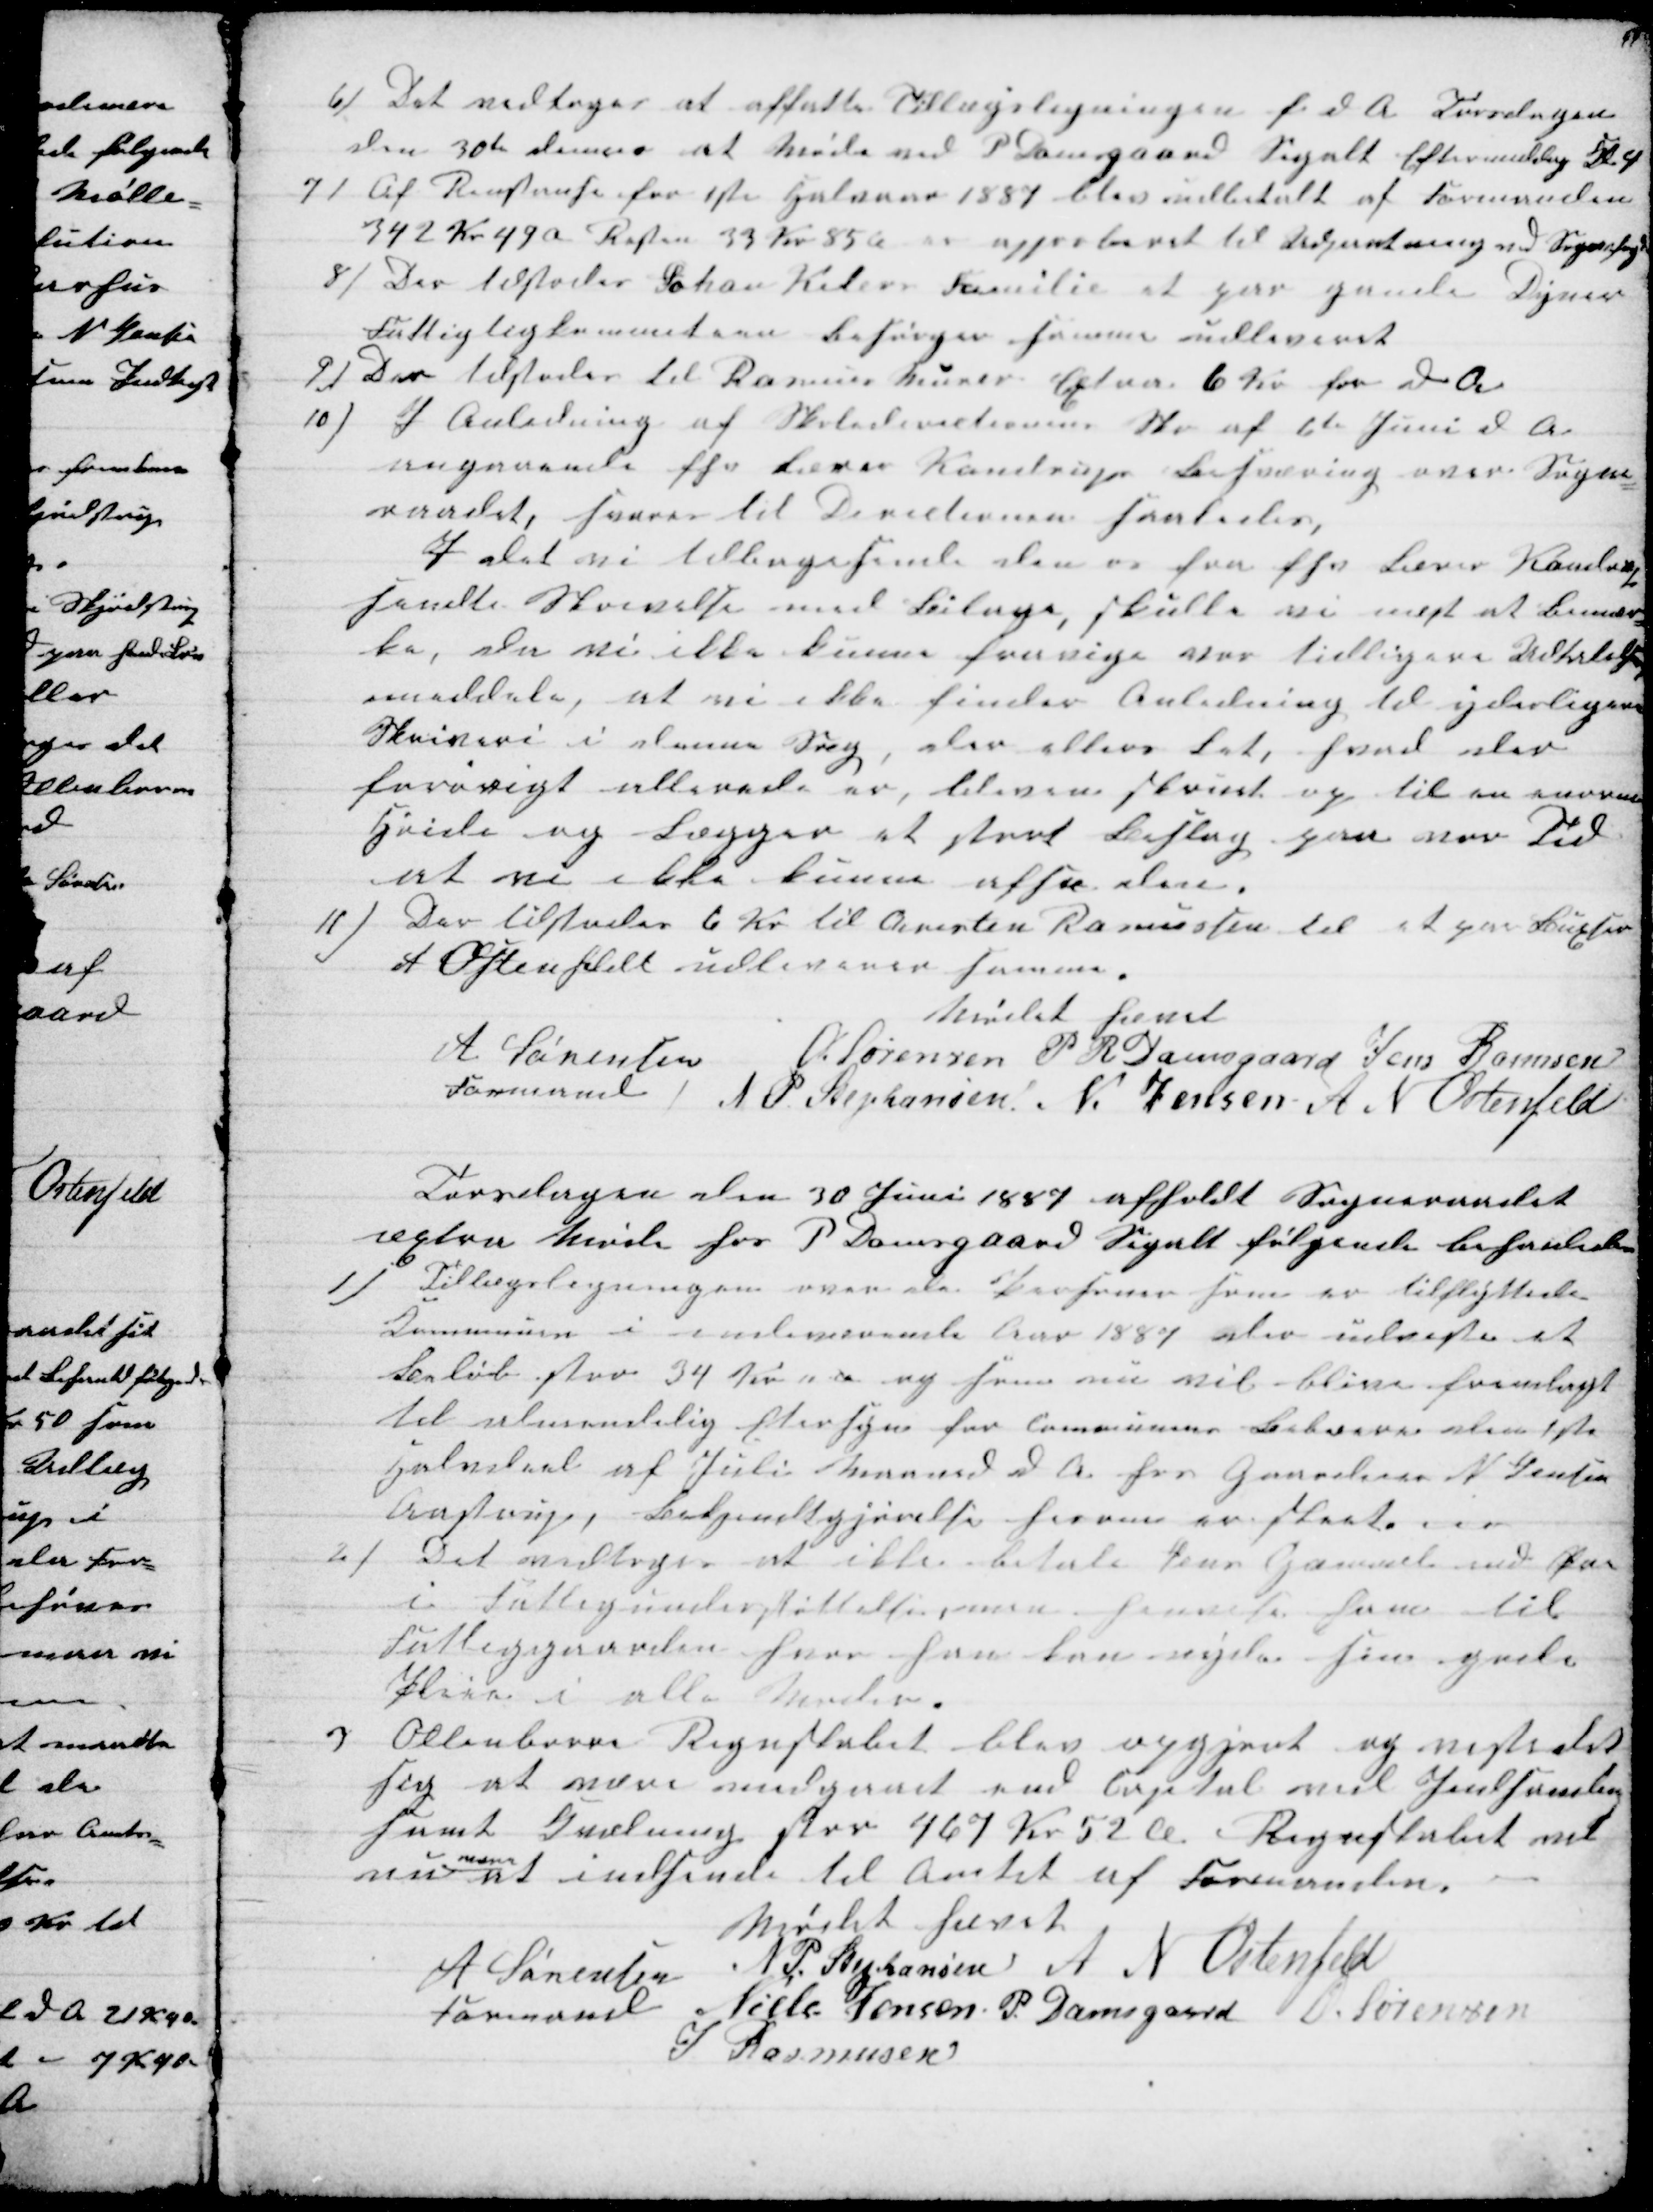
Transskription:
6) Det vedtoges at affatte Tillægsligningen f. d. A. Torsdagen
den 30te dennes at Møde ved P Damsgaard Segalt Eftermiddag Kl 4
7) Af Restanse for 1ste Halvaar 1887 blev indbetalt af Formanden
342 Kr. 49 Ø Resten 33 Kr. 85 Ø er approberet til Udpantning ved Sognefogden
8) Der tilstodes Johan Kilers Familie et par gamle Dyner
Fattigligkommiteen besørger samme udleveret
9) Der tilstodes til Rasmus Murer Æxtra 6 Kr for d. A
10)
I Anledning af Skoledirectionens Skr af 6te Juni d. A.
angaaende fhv Lærer Kondrups Besværing over Sogne-
raadet, svares til Directionen saaledes,
I det vi tilbagesende den os fra fhv Lærer Kondrup
sendte Skrivelse med Bilage, skulle vi mest at bemær-
ke, da vi ikke kunne fravige var tidligere Udtalelse
meddele, at vi ikke finder Anledning til yderligere
Skriveri i denne Sag, der ellers Let, hvad der
forøvrigt allerede er, bleven skrivet og til en nuværende
Kvide og Lægger et stort Beslag paa vor Tid
at vi ikke kunne afse den.
11) Der tilstodes 6 Kr til Christen Rasmussen til et par Buxser
A Ostenfeldt udleverer samme.
Mødet hævet
A Sørensen
Formand
O. Sørensen P. R. Damsgaard Jens Rasmusen
N P Stephansen N. Jensen A N Ostenfeld
Torsdagen den 30 Juni 1887 afholdt Sogneraadet
æxtra Møde hos P Damsgaard Segalt følgende befaledes
1)
Tillægsligningen over de Personer som er tilflyttede
Kommunen i indeværende Aar 1887 der udviste et
Beløb stor 34 Kr " Ø og som nu vil blive fremlagt
til almindelig Eftersyn for Communens Beboerne den 1ste
Halvdeel af Juli Maaned d A. hos Gaardeier N. Jensen
Aastrup, Bekjentgjørelse herom er skeet.
2)
Det vedtoges at ikke betale Jens Gammel end Øre
i Fattigunderstøttelse, men henvise ham til
Fattiggaarden hvor han kan nyde sin gode
Pleie i alle Moder.
3 Ollenborre Regnskabet blev opgjort og viste det
sig at være medgaaet end Capital ved Indsamling
samt Kvælning stor 467 Kr 52 Ø Regnskabet vil
nu 
være
at indsende til Amtet af Formanden.
Mødet hævet
A Sørensen
Formand 
N P Stephansen A N Ostenfeld
Niels Jensen P. Damsgaard O. Sørensen
J Rasmusen